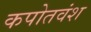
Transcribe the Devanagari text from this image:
कपोतवंश